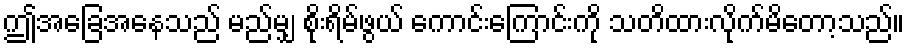
ဤအခြေအနေသည် မည်မျှ စိုးရိမ်ဖွယ် ကောင်းကြောင်းကို သတိထားလိုက်မိတော့သည်။